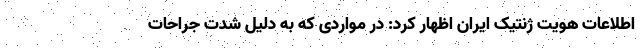
اطلاعات هویت ژنتیک ایران اظهار کرد: در مواردی که به دلیل شدت جراحات